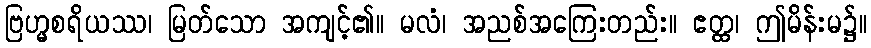
ဗြဟ္မစရိယဿ၊ မြတ်သော အကျင့်၏။ မလံ၊ အညစ်အကြေးတည်း။ ဧတ္ထ၊ ဤမိန်းမ၌။